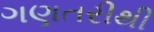
ગણતરીથી